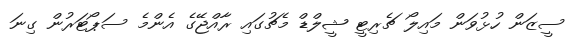
ސީޒަން ހުޅުވަން މައިލޯ ޗެރިޓީ ޝީލްޑް މެޗުގައި ރާއްޖޭގެ އެންމެ ސަޕޯޓަރުން ގިނަ